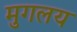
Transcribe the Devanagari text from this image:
मुगलय